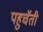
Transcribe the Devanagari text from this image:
पहुचॅती